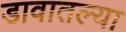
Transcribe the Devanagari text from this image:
डावातल्या